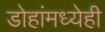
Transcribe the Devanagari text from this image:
डोहांमध्येही